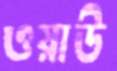
ওয়াউ